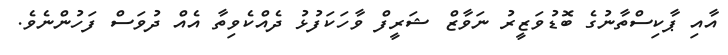
އާއި ޕާކިސްތާނުގެ ބޮޑުވަޒީރު ނަވާޒް ޝަރީފް ވާހަކަފުޅު ދެއްކެވިތާ އެއް ދުވަސް ފަހުންނެވެ.